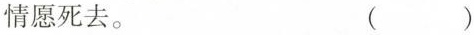
情愿死去。 ( )